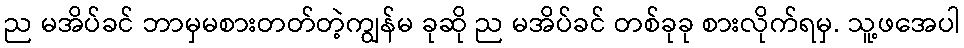
ည မအိပ်ခင် ဘာမှမစားတတ်တဲ့ကျွန်မ ခုဆို ည မအိပ်ခင် တစ်ခုခု စားလိုက်ရမှ. သူ့ဖအေပါ